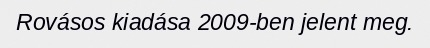
Rovásos kiadása 2009-ben jelent meg.